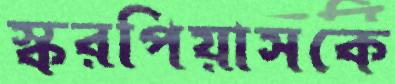
স্করপিয়াসকে